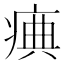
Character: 痶